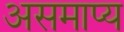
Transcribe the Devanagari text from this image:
असमाप्य